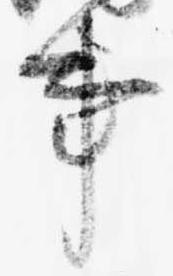
事